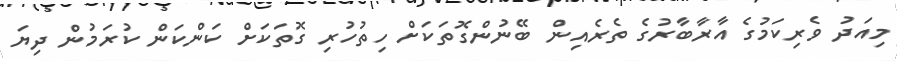
މިއަދު ވެރިކަމުގެ އާރާބާރުގެ ތެރެއިން ބޭނުންގޮތަކަށް ހިތުހުރި ގޮތަކަށް ކަންކަން ކުރަމުން ދިޔަ